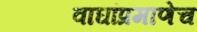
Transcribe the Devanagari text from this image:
वाघांप्रमाणेच